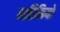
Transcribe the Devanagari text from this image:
बारिकियों